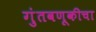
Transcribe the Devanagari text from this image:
गुंतवणूकीचा